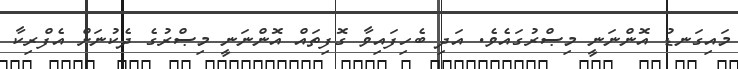
މައިގަނޑު އޮންނަނީ މިޞްރުގައެވެ. އަދި ބެހިފައިވާ ގޮފިތައް އޮންނަނީ މިޞްރުގެ ދެކުނަށް އެފްރިކާ